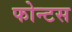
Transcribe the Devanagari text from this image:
फोन्टस